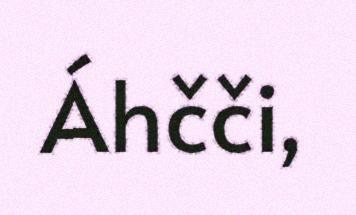
Áhčči,